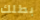
بطلك